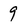
Character: 9